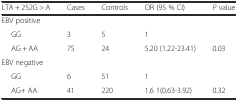
| LTA + 252G > A | Cases | Controls | OR (95 % CI) | P value |
 | --- | --- | --- | --- | --- |
 | EBV positive |  |  |  |  |
 | GG | 3 | 5 | 1 |  |
 | AG + AA | 75 | 24 | 5.20 (1.22-23.41) | 0.03 |
 | EBV negative |  |  |  |  |
 | GG | 6 | 51 | 1 |  |
 | AG+ AA | 41 | 220 | 1.6 1(0.63-3.92) | 0.32 |